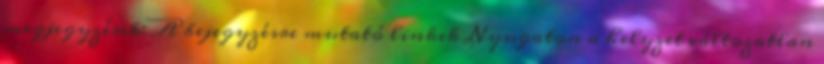
megjegyzések: A bejegyzésre mutató linkek Nyugaton a helyzet változatlan